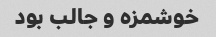
خوشمزه و جالب بود